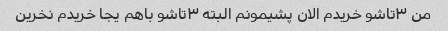
من ۳تاشو خریدم الان پشیمونم البته ۳تاشو باهم یجا خریدم نخرین